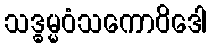
သဒ္ဓမ္မဝံသကောဝိဒေါ